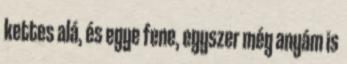
kettes alá, és egye fene, egyszer még anyám is